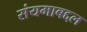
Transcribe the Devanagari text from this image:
संयमाबद्दल